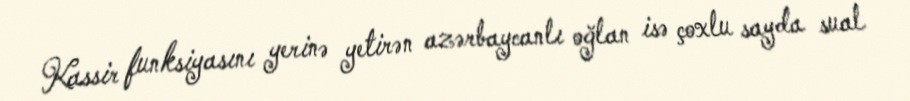
Kassir funksiyasını yerinə yetirən azərbaycanlı oğlan isə çoxlu sayda sual